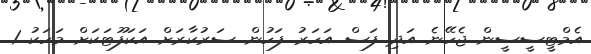
އެމްޓީސީސީން ޖެހޭނެ އަދި ފަސް އަހަރު ފަހުން ސަރުކާރަށް އަކަފޫޓަކަށް މަހަކު 1